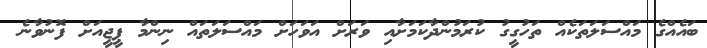
ބައެއްގެ މައްސަލަތަކެއް ތަހުގީގު ކުރަމުންދާކަމަށާއި ވަރަށް އަވަހަށް މައްސަލަތައް ނިންމާ ޕީޖީއަށް ފޮނުވާނެ